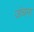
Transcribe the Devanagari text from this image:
जंचना